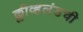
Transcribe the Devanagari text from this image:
क्लीव्हलंडची